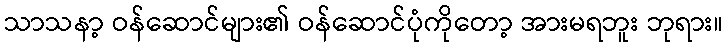
သာသနာ့ ဝန်ဆောင်များ၏ ဝန်ဆောင်ပုံကိုတော့ အားမရဘူး ဘုရား။